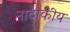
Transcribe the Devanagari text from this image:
नाटाकीय